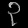
Digit: ၃